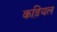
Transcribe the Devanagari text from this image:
कड़ियल